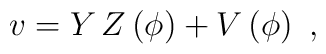
v=Y\, Z\left( \phi \right) +V\left( \phi \right)\ ,